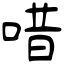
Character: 唶